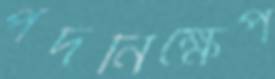
পদনিক্ষেপ